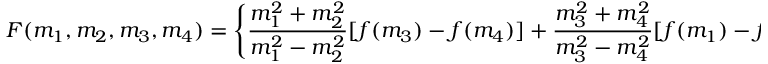
F ( m _ { 1 } , m _ { 2 } , m _ { 3 } , m _ { 4 } ) = \left\{ \frac { m _ { 1 } ^ { 2 } + m _ { 2 } ^ { 2 } } { m _ { 1 } ^ { 2 } - m _ { 2 } ^ { 2 } } [ f ( m _ { 3 } ) - f ( m _ { 4 } ) ] + \frac { m _ { 3 } ^ { 2 } + m _ { 4 } ^ { 2 } } { m _ { 3 } ^ { 2 } - m _ { 4 } ^ { 2 } } [ f ( m _ { 1 } ) - f ( m _ { 2 } ) ] \right\} .